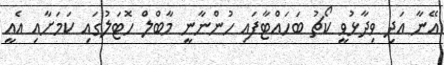
އޭނާ އަދި ވިދާޅުވީ ކޯޗު ބަހައްޓާފައި ހުންނާނީ މާބްލް ހޮޓަލުގައި ކަމަށާއި އެއީ